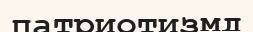
патриотизмд